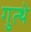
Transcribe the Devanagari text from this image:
गुत्थे